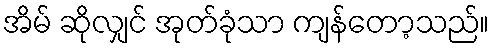
အိမ် ဆိုလျှင် အုတ်ခုံသာ ကျန်တော့သည်။